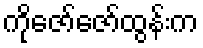
ကိုဇော်ဇော်ထွန်းက